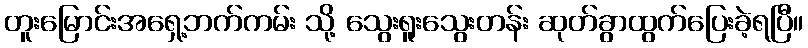
တူးမြောင်းအရှေ့ဘက်ကမ်း သို့ သွေးရူးသွေးတန်း ဆုတ်ခွာထွက်ပြေးခဲ့ရပြီ။